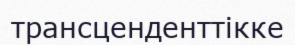
трансценденттікке